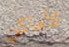
الأماكن